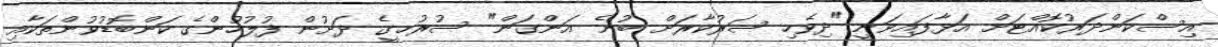
އިސްކަންދަރުކޮއްޓަށް އަޅާފައިވަނީ "ދިވެހި ސަރުކާރަށް ބުނެ އަންގަން" ސުރުޚީގެ ދަށުން ފުލުހުންގެ ކަންބޮޑުވުންތަކާއި